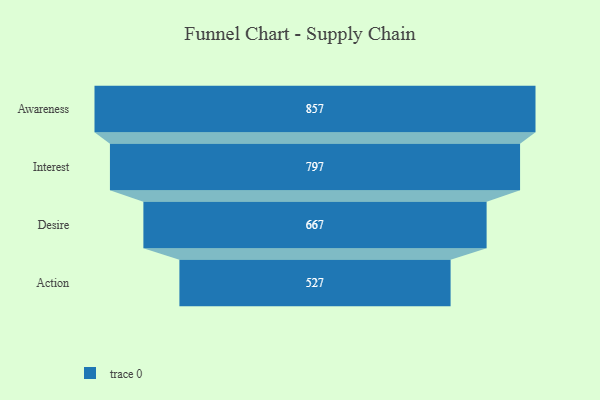
{"axis": {"x": "Stage", "y": "Value"}, "legend": [""], "data": [{"x": "Awareness", "y": 857.0, "type": ""}, {"x": "Interest", "y": 797.0, "type": ""}, {"x": "Desire", "y": 667.0, "type": ""}, {"x": "Action", "y": 527.0, "type": ""}]}